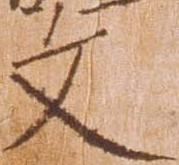
文